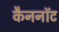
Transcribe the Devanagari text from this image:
कैननॉट